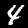
Digit: 4